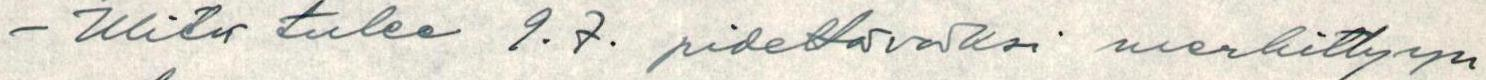
- Kliter tulee 9.7. pidettäväksi merkittyyn